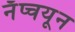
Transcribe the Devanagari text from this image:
नॅप्चयून